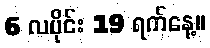
6 လပိုင်း 19 ရက်နေ့။